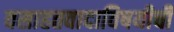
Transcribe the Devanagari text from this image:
वसाहतवादाविषयीची